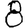
Digit: 8